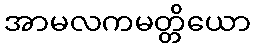
အာမလကမတ္တိယော